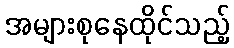
အများစုနေထိုင်သည့်